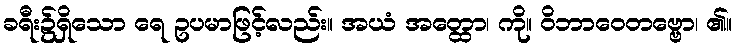
ခရီး၌ရှိသော ရေ ဥပမာဖြင့်လည်း။ အယံ အတ္ထော၊ ကို။ ဝိဘာဝေတဗ္ဗော၊ ၏။